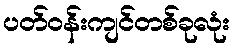
ပတ်ဝန်းကျင်တစ်ခုလုံး